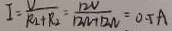
I = \frac { V } { R _ { 1 } + R _ { 2 } } = \frac { 1 2 V } { 1 2 N + 1 2 N } = 0 . 5 A